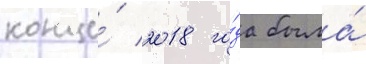
конце́ 2018 го́да была́